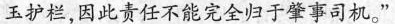
玉护栏，因此责任不能完全归于肇事司机。”